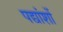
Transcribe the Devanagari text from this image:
पद्यांशों